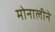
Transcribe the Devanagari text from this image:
मोनालीने